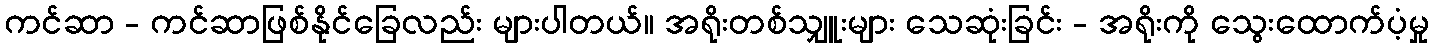
ကင်ဆာ - ကင်ဆာဖြစ်နိုင်ခြေလည်း များပါတယ်။ အရိုးတစ်သျှူးများ သေဆုံးခြင်း - အရိုးကို သွေးထောက်ပံ့မှု